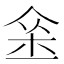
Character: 𨥀